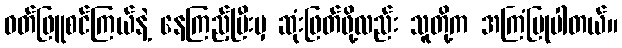
ဝတ်ဖြူစင်ကြယ်နဲ့ နေကြည့်ပြီးမှ ဆုံးဖြတ်ဖို့လည်း သူတို့က အကြံပြုပါတယ်။